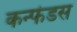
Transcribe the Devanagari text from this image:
कन्फंडस